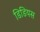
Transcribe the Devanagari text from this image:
डिडियस